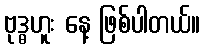
ဗုဒ္ဓဟူး နေ့ ဖြစ်ပါတယ်။